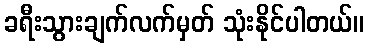
ခရီးသွားချက်လက်မှတ် သုံးနိုင်ပါတယ်။